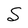
Character: S